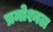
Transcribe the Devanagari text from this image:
प्रमोश्नल